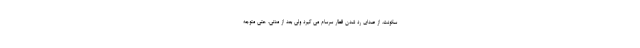
سکونت، از صدای رد شدن قطار سرسام می گیرد ولی بعد از مدتی، حتی متوجه